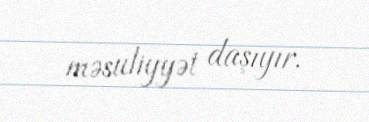
məsuliyyət daşıyır.